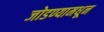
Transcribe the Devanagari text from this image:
जोडण्यामधून